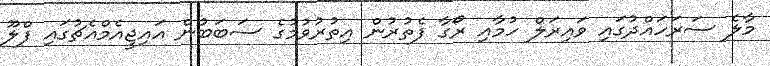
މާލެ ސަރަހައްދުގައި ވައިރަލް ހުމާއި ރޯގާ ފެތުރުން އިތުރުވުމުގެ ސަބަބުން އައިޖީއެމްއެޗުގައި ފްލޫ